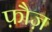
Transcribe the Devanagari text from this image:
फ़ौज़